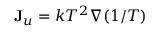
\mathbf { J } _ { u } = k T ^ { 2 } \nabla ( 1 / T )